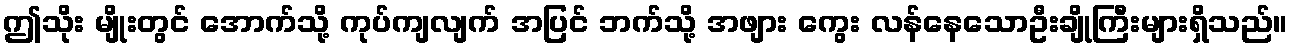
ဤသိုး မျိုးတွင် အောက်သို့ ကုပ်ကျလျက် အပြင် ဘက်သို့ အဖျား ကွေး လန်နေသောဦးချိုကြီးများရှိသည်။